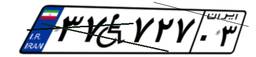
۳۴W۰۵۶۵۵